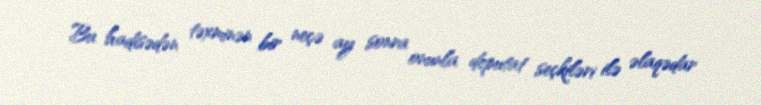
Bu hadisədən təxminən bir neçə ay sonra onunla deputat seçkiləri ilə əlaqədar